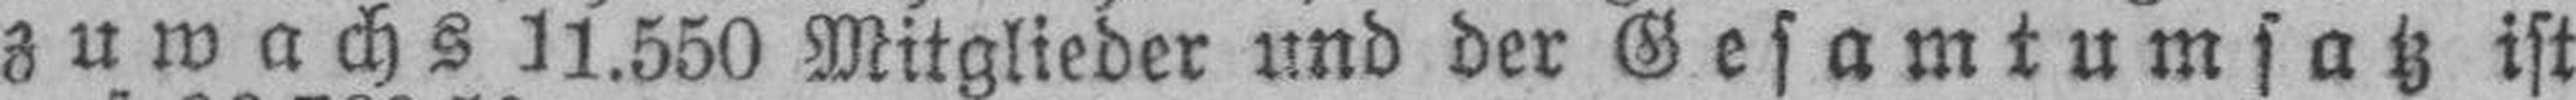
zuwachs 11.550 Mitglieder und der Gesamtumsatz ist